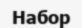
Набор